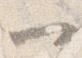
一